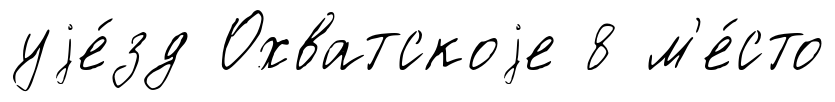
уjе́зд Охватскоjе 8 м'е́сто